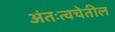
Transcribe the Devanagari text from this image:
अंतःत्वचेतील